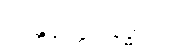
သန္တဝုတ္တိမနုဒ္ဓတံ